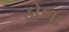
ડોળા